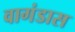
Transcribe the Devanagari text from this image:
वागंडास